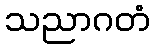
သညာဂတံ